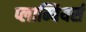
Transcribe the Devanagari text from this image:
प्लाम्बियर्स